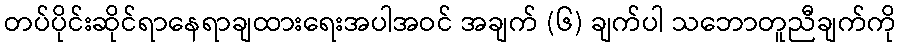
တပ်ပိုင်းဆိုင်ရာနေရာချထားရေးအပါအဝင် အချက် (၆) ချက်ပါ သဘောတူညီချက်ကို